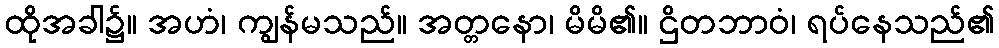
ထိုအခါ၌။ အဟံ၊ ကျွန်မသည်။ အတ္တနော၊ မိမိ၏။ ဌိတဘာဝံ၊ ရပ်နေသည်၏